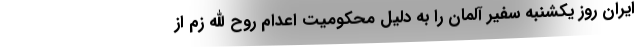
ایران روز یکشنبه سفیر آلمان را به دلیل محکومیت اعدام روح الله زم از